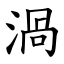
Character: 渦